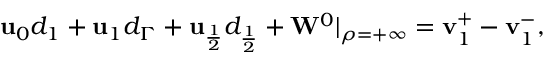
\begin{array} { r } { \mathbf { u } _ { 0 } d _ { 1 } + \mathbf { u } _ { 1 } d _ { \Gamma } + \mathbf { u } _ { \frac { 1 } { 2 } } d _ { \frac { 1 } { 2 } } + \mathbf { W } ^ { 0 } | _ { \rho = + \infty } = \mathbf { v } _ { 1 } ^ { + } - \mathbf { v } _ { 1 } ^ { - } , } \end{array}